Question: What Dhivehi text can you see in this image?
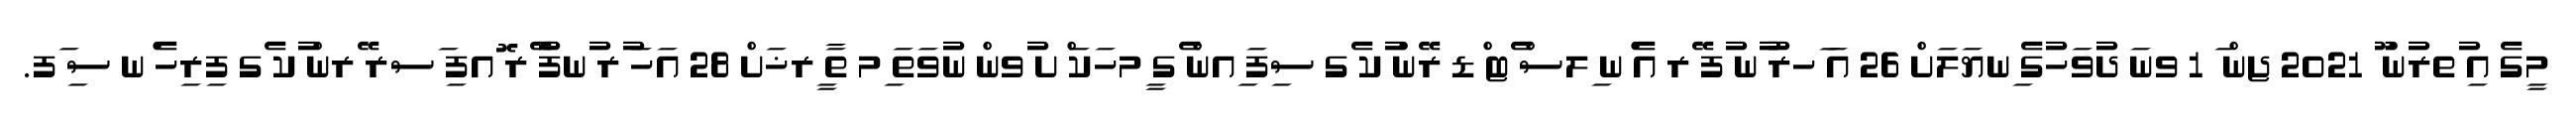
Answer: މީގެ އި ުތރުން ޫ 2021 ޖން ަ 1 ވނަ ދުވަހުގެ ިނޔަލަށް 26 އަ ަހރު ުނ ުފ ޭރ އެ ްނ ިލސް ެޓ ްޑ ރޭން ުކ ެގ ސިފަ ިއން ެގ ީމހަކަ ްށ ުވން ނުވަތަ ިމ ތާ ީރޚަށް 28 އަހަ ުރ ުނފު ޭރ ޮއފި ަސރ ޭރން ުކ ެގ ފިރިހެ ްނ ސި ަފ.